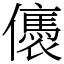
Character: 㒟